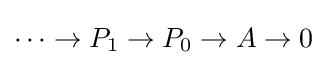
\cdots \to P_{1}\to P_{0}\to A\to 0